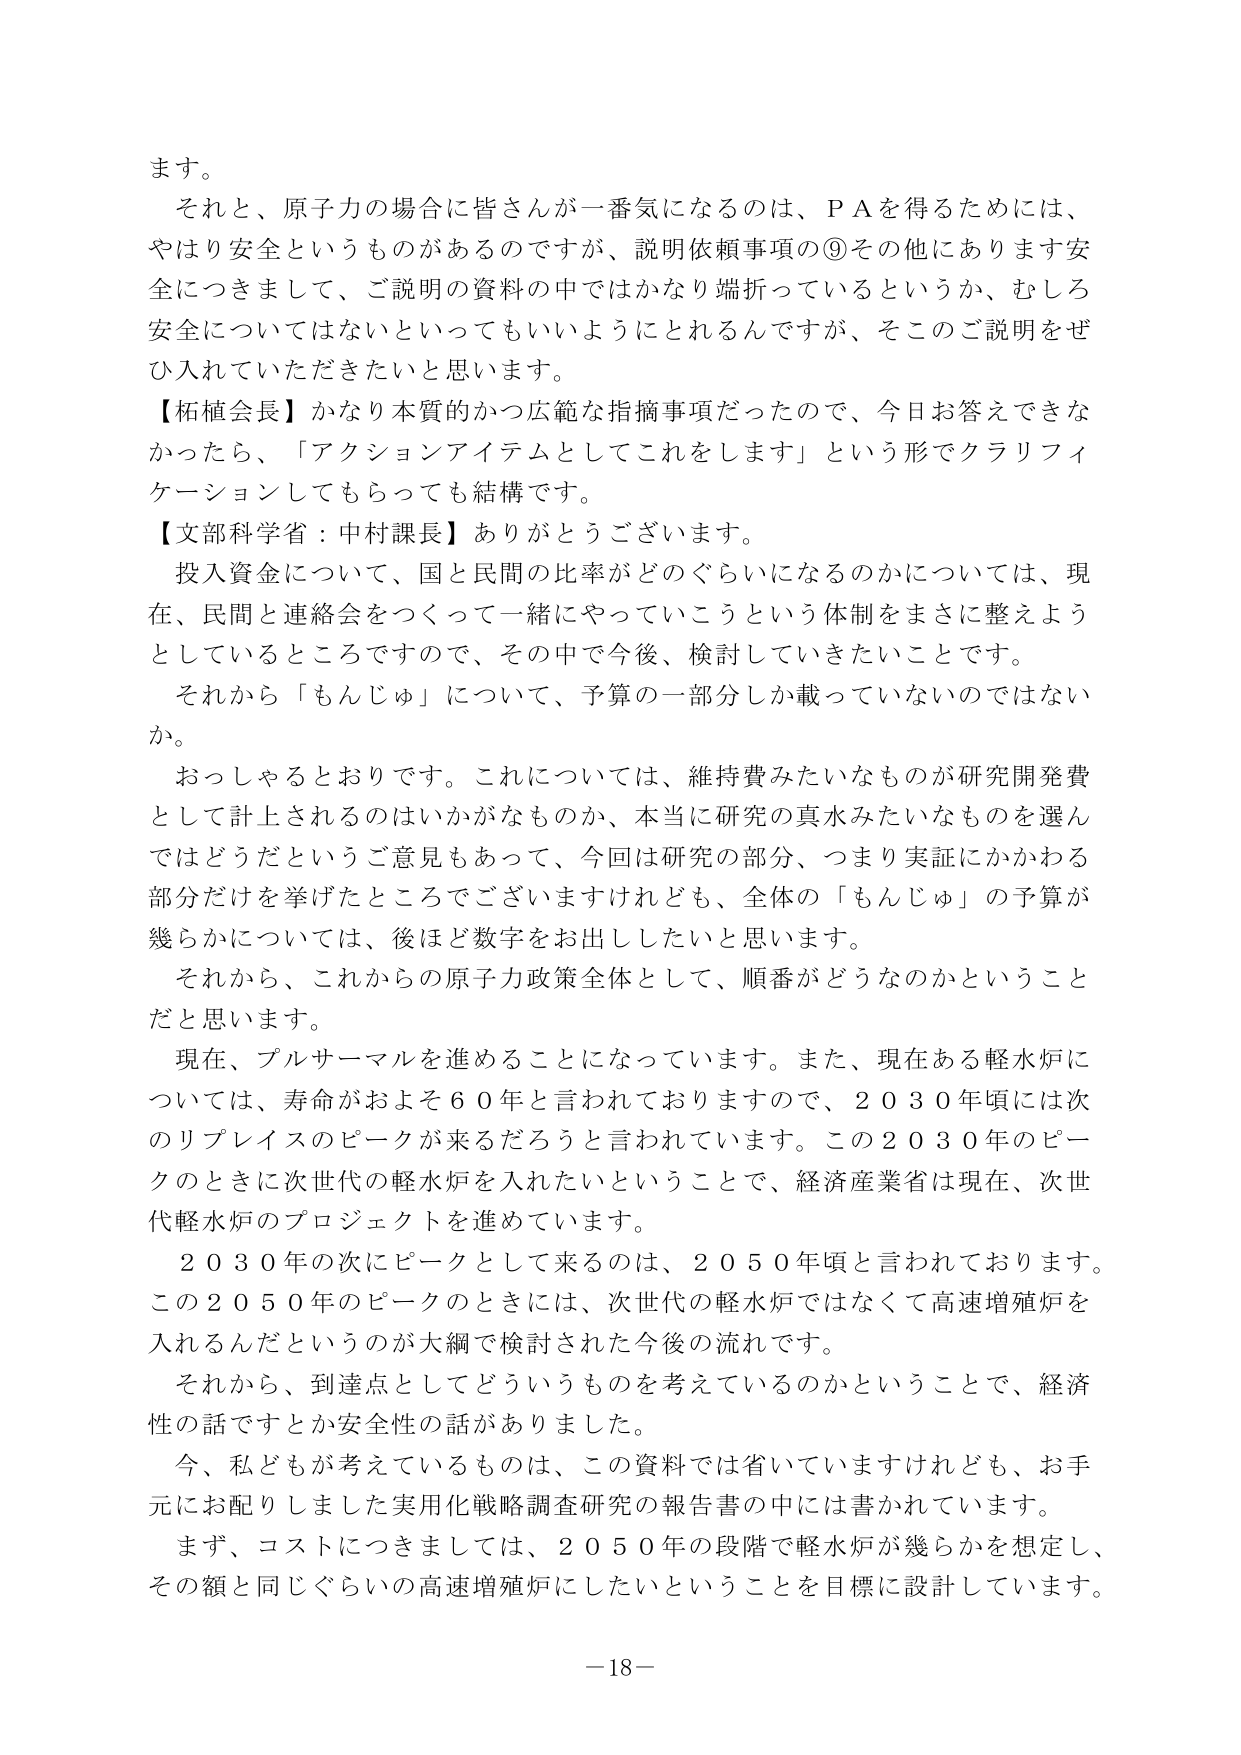
ます。
それと、原子力の場合に皆さんが一番気になるのは、ＰＡを得るためには、
やはり安全というものがあるのですが、説明依頼事項の⑨その他にあります安
全につきまして、ご説明の資料の中ではかなり端折っているというか、むしろ
安全についてはないといってもいいようにとれるんですが、そこのご説明をぜ
ひ入れていただきたいと思います。
【柘植会長】かなり本質的かつ広範な指摘事項だったので、今日お答えできな
かったら、「アクションアイテムとしてこれをします」という形でクラリフィ
ケーションしてもらっても結構です。
【文部科学省：中村課長】ありがとうございます。
投入資金について、国と民間の比率がどのぐらいになるのかについては、現
在、民間と連絡会をつくって一緒にやっていこうという体制をまさに整えよう
としているところですので、その中で今後、検討していきたいことです。
それから「もんじゅ」について、予算の一部分しか載っていないのではない
か。
おっしゃるとおりです。これについては、維持費みたいなものが研究開発費
として計上されるのはいかがなものか、本当に研究の真水みたいなものを選ん
ではどうだというご意見もあって、今回は研究の部分、つまり実証にかかわる
部分だけを挙げたところでございますけれども、全体の「もんじゅ」の予算が
幾らかについては、後ほど数字をお出ししたいと思います。
それから、これからの原子力政策全体として、順番がどうなのかということ
だと思います。
現在、プルサーマルを進めることになっています。また、現在ある軽水炉に
ついては、寿命がおよそ６０年と言われておりますので、２０３０年頃には次
のリプレイスのピークが来るだろうと言われています。この２０３０年のピー
クのときに次世代の軽水炉を入れたいということで、経済産業省は現在、次世
代軽水炉のプロジェクトを進めています。
２０３０年の次にピークとして来るのは、２０５０年頃と言われております。
この２０５０年のピークのときには、次世代の軽水炉ではなくて高速増殖炉を
入れるんだというのが大綱で検討された今後の流れです。
それから、到達点としてどういうものを考えているのかということで、経済
性の話ですとか安全性の話がありました。
今、私どもが考えているものは、この資料では省いていますけれども、お手
元にお配りしました実用化戦略調査研究の報告書の中には書かれています。
まず、コストにつきましては、２０５０年の段階で軽水炉が幾らかを想定し、
その額と同じぐらいの高速増殖炉にしたいということを目標に設計しています。
－18－